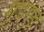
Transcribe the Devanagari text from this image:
गुडगुड